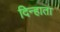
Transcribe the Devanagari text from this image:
दिन्हाता